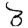
Digit: 3